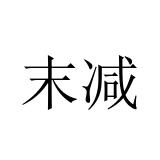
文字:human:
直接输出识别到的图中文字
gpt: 末减